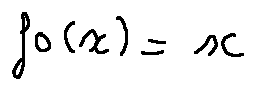
f _ { 0 } ( x ) = x